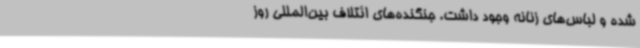
شده و لباس‌های زنانه وجود داشت. جنگنده‌های ائتلاف بین‌المللی روز